Leaving Certificate Examination, 1910
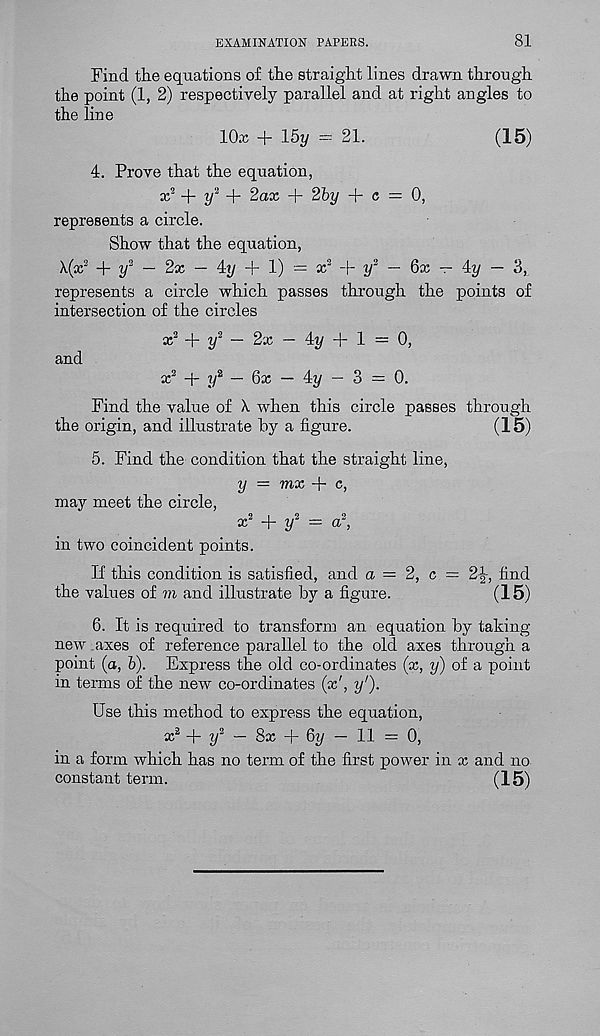
EXAMINATION PAPERS.
81
Find the equations of the straight lines drawn through
the point (1, 2) respectively parallel and at right angles to
the line
lOx + 15y = 21.
(15)
4. Prove that the equation,
x 2 + y 2 + 2ox + 2by + c = 0,
represents a circle.
Show that the equation,
\(x 2 + y 2 — 2x — Ay + 1) = x 2 + y 2 — Qx — Ay — 3,
represents a circle which passes through the points of
intersection of the circles
x 2 + y 2 — 2x — Ay + 1 = 0,
and
x 2 -{- y 2 — Qx — Ay — 3 = 0.
Find the value of X when this circle passes through
the origin, and illustrate by a figure.
(15)
5. Find the condition that the straight line,
y — mx + e,
may meet the circle,
x 2 + y 2 = a 2 ,
in two coincident points.
If this condition is satisfied, and a = 2, c = 2|-, find
the values of m and illustrate by a figure.
(15)
6. It is required to transform an equation by taking-
new axes of reference parallel to the old axes through a
point (a, 6). Express the old co-ordinates (x, y) of a point
in terms of the new co-ordinates (x f , y').
Use this method to express the equation,
ic 2 + y 2 — 8x + 6y — 11 = 0,
in a form which has no term of the first power in x and no
constant term.
(15)